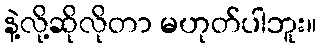
နဲ့လို့ဆိုလိုတာ မဟုတ်ပါဘူး။